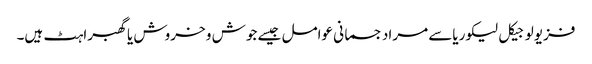
فزیولوجیکل لیکوریاسے مراد جسمانی عوامل جیسے جوش و خروش یاگھبراہٹ ہیں۔